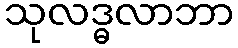
သုလဒ္ဓလာဘာ